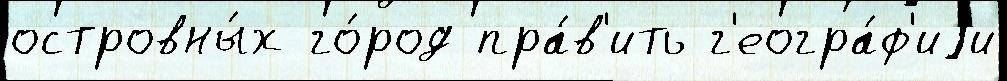
островны́х го́род пра́в'ить г'еогра́ф'иjи